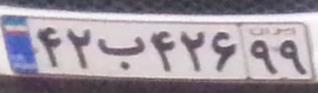
۴۲ب۴۲۶۹۹